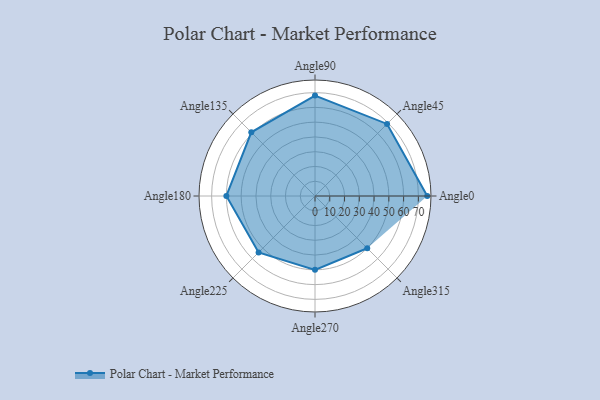
{"axis": {"x": "Angle", "y": "Radius"}, "legend": [""], "data": [{"x": "Angle0", "y": 76.0, "type": ""}, {"x": "Angle45", "y": 69.0, "type": ""}, {"x": "Angle90", "y": 68.0, "type": ""}, {"x": "Angle135", "y": 61.0, "type": ""}, {"x": "Angle180", "y": 60.0, "type": ""}, {"x": "Angle225", "y": 54.0, "type": ""}, {"x": "Angle270", "y": 50, "type": ""}, {"x": "Angle315", "y": 50, "type": ""}]}